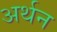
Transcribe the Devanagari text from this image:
अर्थन